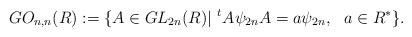
LaTeX: \begin{align*}GO_{n,n}(R):= \{ A \in GL_{2n}(R) | \,\, ^{t}A\psi_{2n}A = a\psi_{2n}, \,\, \,\, a \in R^{*} \}.\end{align*}